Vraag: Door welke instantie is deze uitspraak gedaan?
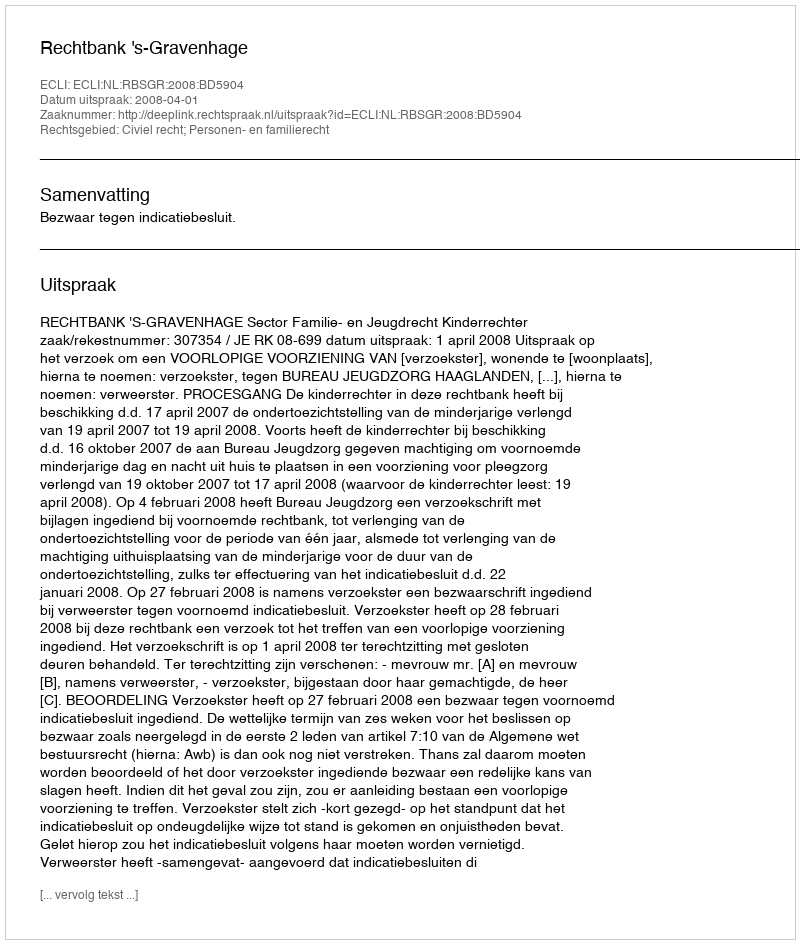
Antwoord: Rechtbank 's-Gravenhage